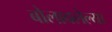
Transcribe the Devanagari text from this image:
बोलावलेल्या